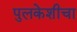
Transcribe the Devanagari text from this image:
पुलकेशीचा